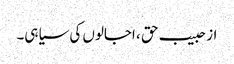
از حبیب حق ، اجالوں کی سیاہی۔